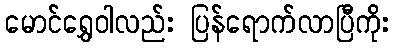
မောင်ရွှေဝါလည်း ပြန်ရောက်လာပြီကိုး